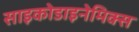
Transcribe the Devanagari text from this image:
साइकोडाइनेमिक्स